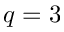
q = 3